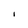
Character: l